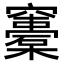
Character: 𥩀